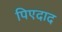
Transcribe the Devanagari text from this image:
पिएदाद